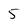
Character: 5